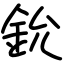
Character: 鈗